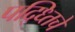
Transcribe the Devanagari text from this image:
पद्ध्तिचे